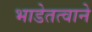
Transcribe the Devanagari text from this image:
भाडेतत्वाने